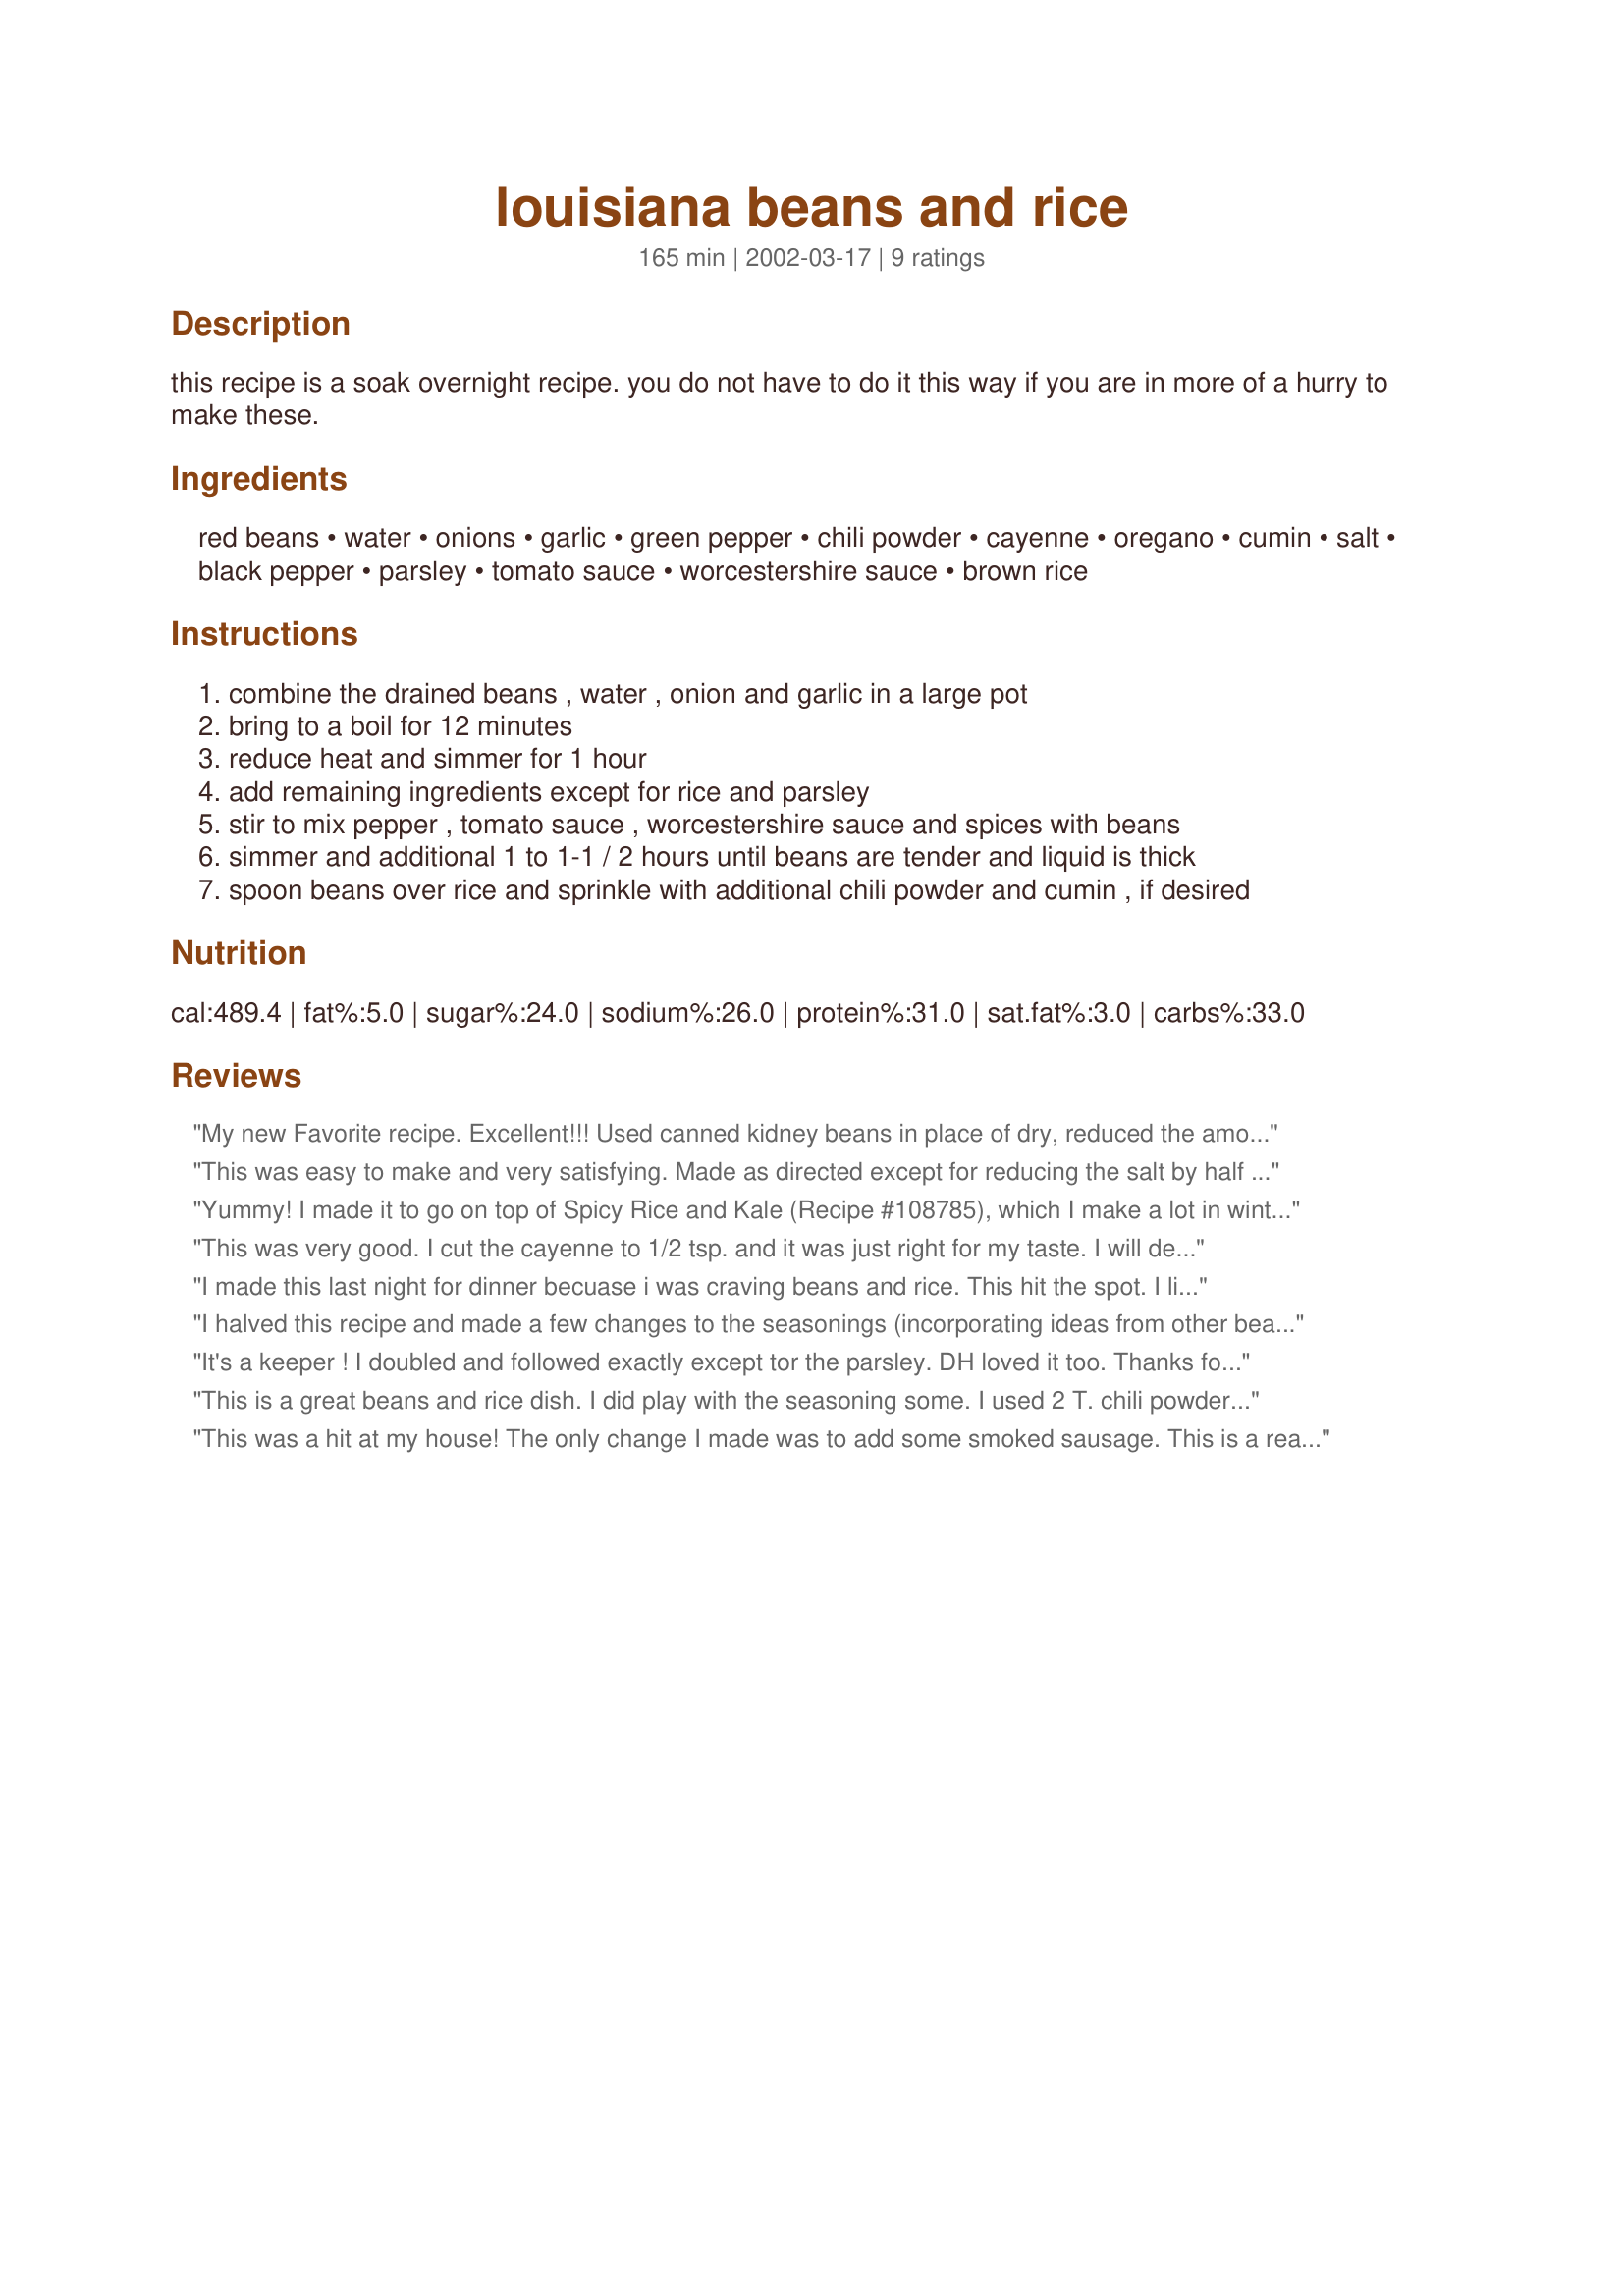
louisiana beans and rice
Preparation time: 165 minutes

this recipe is a soak overnight recipe. you do not have to do it this way if you are in more of a hurry to make these.

Ingredients:
red beans, water, onions, garlic, green pepper, chili powder, cayenne, oregano, cumin, salt, black pepper, parsley, tomato sauce, worcestershire sauce, brown rice

Steps:
combine the drained beans , water , onion and garlic in a large pot
bring to a boil for 12 minutes
reduce heat and simmer for 1 hour
add remaining ingredients except for rice and parsley
stir to mix pepper , tomato sauce , worcestershire sauce and spices with beans
simmer and additional 1 to 1-1 / 2 hours until beans are tender and liquid is thick
spoon beans over rice and sprinkle with additional chili powder and cumin , if desired

Reviews:
My new Favorite recipe. Excellent!!! Used canned kidney beans in place of dry, reduced the amount of water used and the time cooked. Also eliminated the worcestershire sauce. I prefer sauteing the onion and garlic to release sweetness. The spicing as written was perfect to me. Am craving this stuff several times a week. Excellent. Thanks for sharing.
This was easy to make and very satisfying. Made as directed except for reducing the salt by half and omitting the parsley (didn't have any... and frankly, wasn't too sure where/when to have added it anyway, since I didn't see it specified in the directions), and loved the results *except* for the heat factor. It was a little too spicy for us, and we're people who like heat. The next time I make this, I will try reducing the cayenne by half and perhaps the chili powder by 1/3. Thanks for sharing!
Yummy! I made it to go on top of Spicy Rice and Kale (Recipe #108785), which I make a lot in winter. I omitted Worcestershire sauce and parsley, but otherwise made as directed. Next time, I will cut back on cayenne and chili powder, as it was a bit spicy for my sensitive mouth. I also wanted it a bit more salty.
This was very good. I cut the cayenne to 1/2 tsp. and it was just right for my taste. I will definitely be making this again. Thanks for sharing!
I made this last night for dinner becuase i was craving beans and rice. This hit the spot. I liked the recipe but found that there was not enough seasoning in it for my tastes so I added more salt and pepper at the end of cooking. I also used white rice instead of brown rice becuase that is just my prefereance. It turned out fine. Thanks!
I halved this recipe and made a few changes to the seasonings (incorporating ideas from other beans & rice recipes). I didn't use cumin and forgot the parsley, but I added thyme and a bay leaf to the mix. I added half a pound of smoked sausage and cooked it all in the crockpot, adding the tomato sauce at the end so that the acidity wouldn't lengthen the cook time for the beans.
It's a keeper ! I doubled and followed exactly except tor the parsley. DH loved it too. Thanks for the healthy keeper.
 This is a great beans and rice dish. I did play with the seasoning some. I used 2 T. chili powder, 1 t. cayenne and doubled the cumin and oregano. Just right for me and my family's taste. I also used white rice, just because I didn't have any brown. But brown rice sounds like a good idea and will try that next time. Thanks secret.
This was a hit at my house! The only change I made was to add some smoked sausage. This is a real "stick to your ribs" recipe! I felt like I was in Cajun country without the trouble of travel!!! Thanks for sharing Secret.
